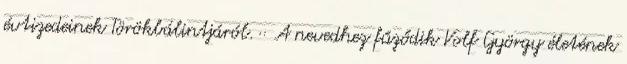
évtizedeinek Törökbálintjáról. ·· A nevedhez fűződik Volf György életének